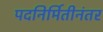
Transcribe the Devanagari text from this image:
पदनिर्मितीनंतर